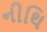
નીથિ